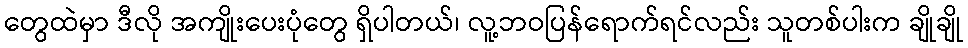
တွေထဲမှာ ဒီလို အကျိုးပေးပုံတွေ ရှိပါတယ်၊ လူ့ဘဝပြန်ရောက်ရင်လည်း သူတစ်ပါးက ချိုချို